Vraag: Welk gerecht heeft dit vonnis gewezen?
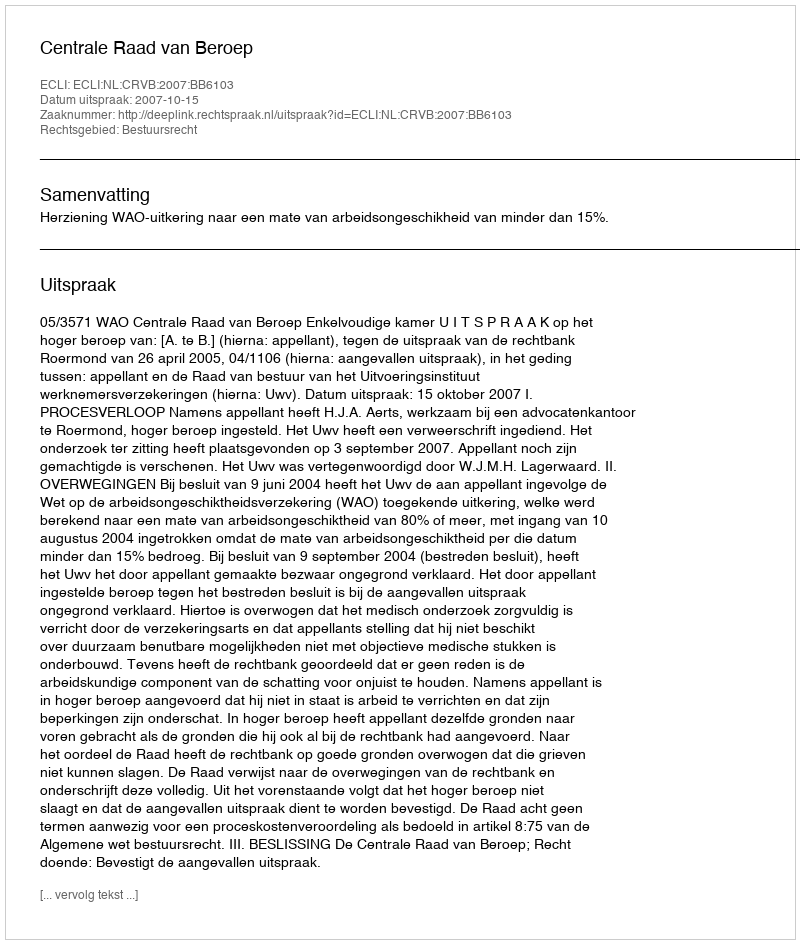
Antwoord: Centrale Raad van Beroep